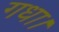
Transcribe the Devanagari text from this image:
गधा।